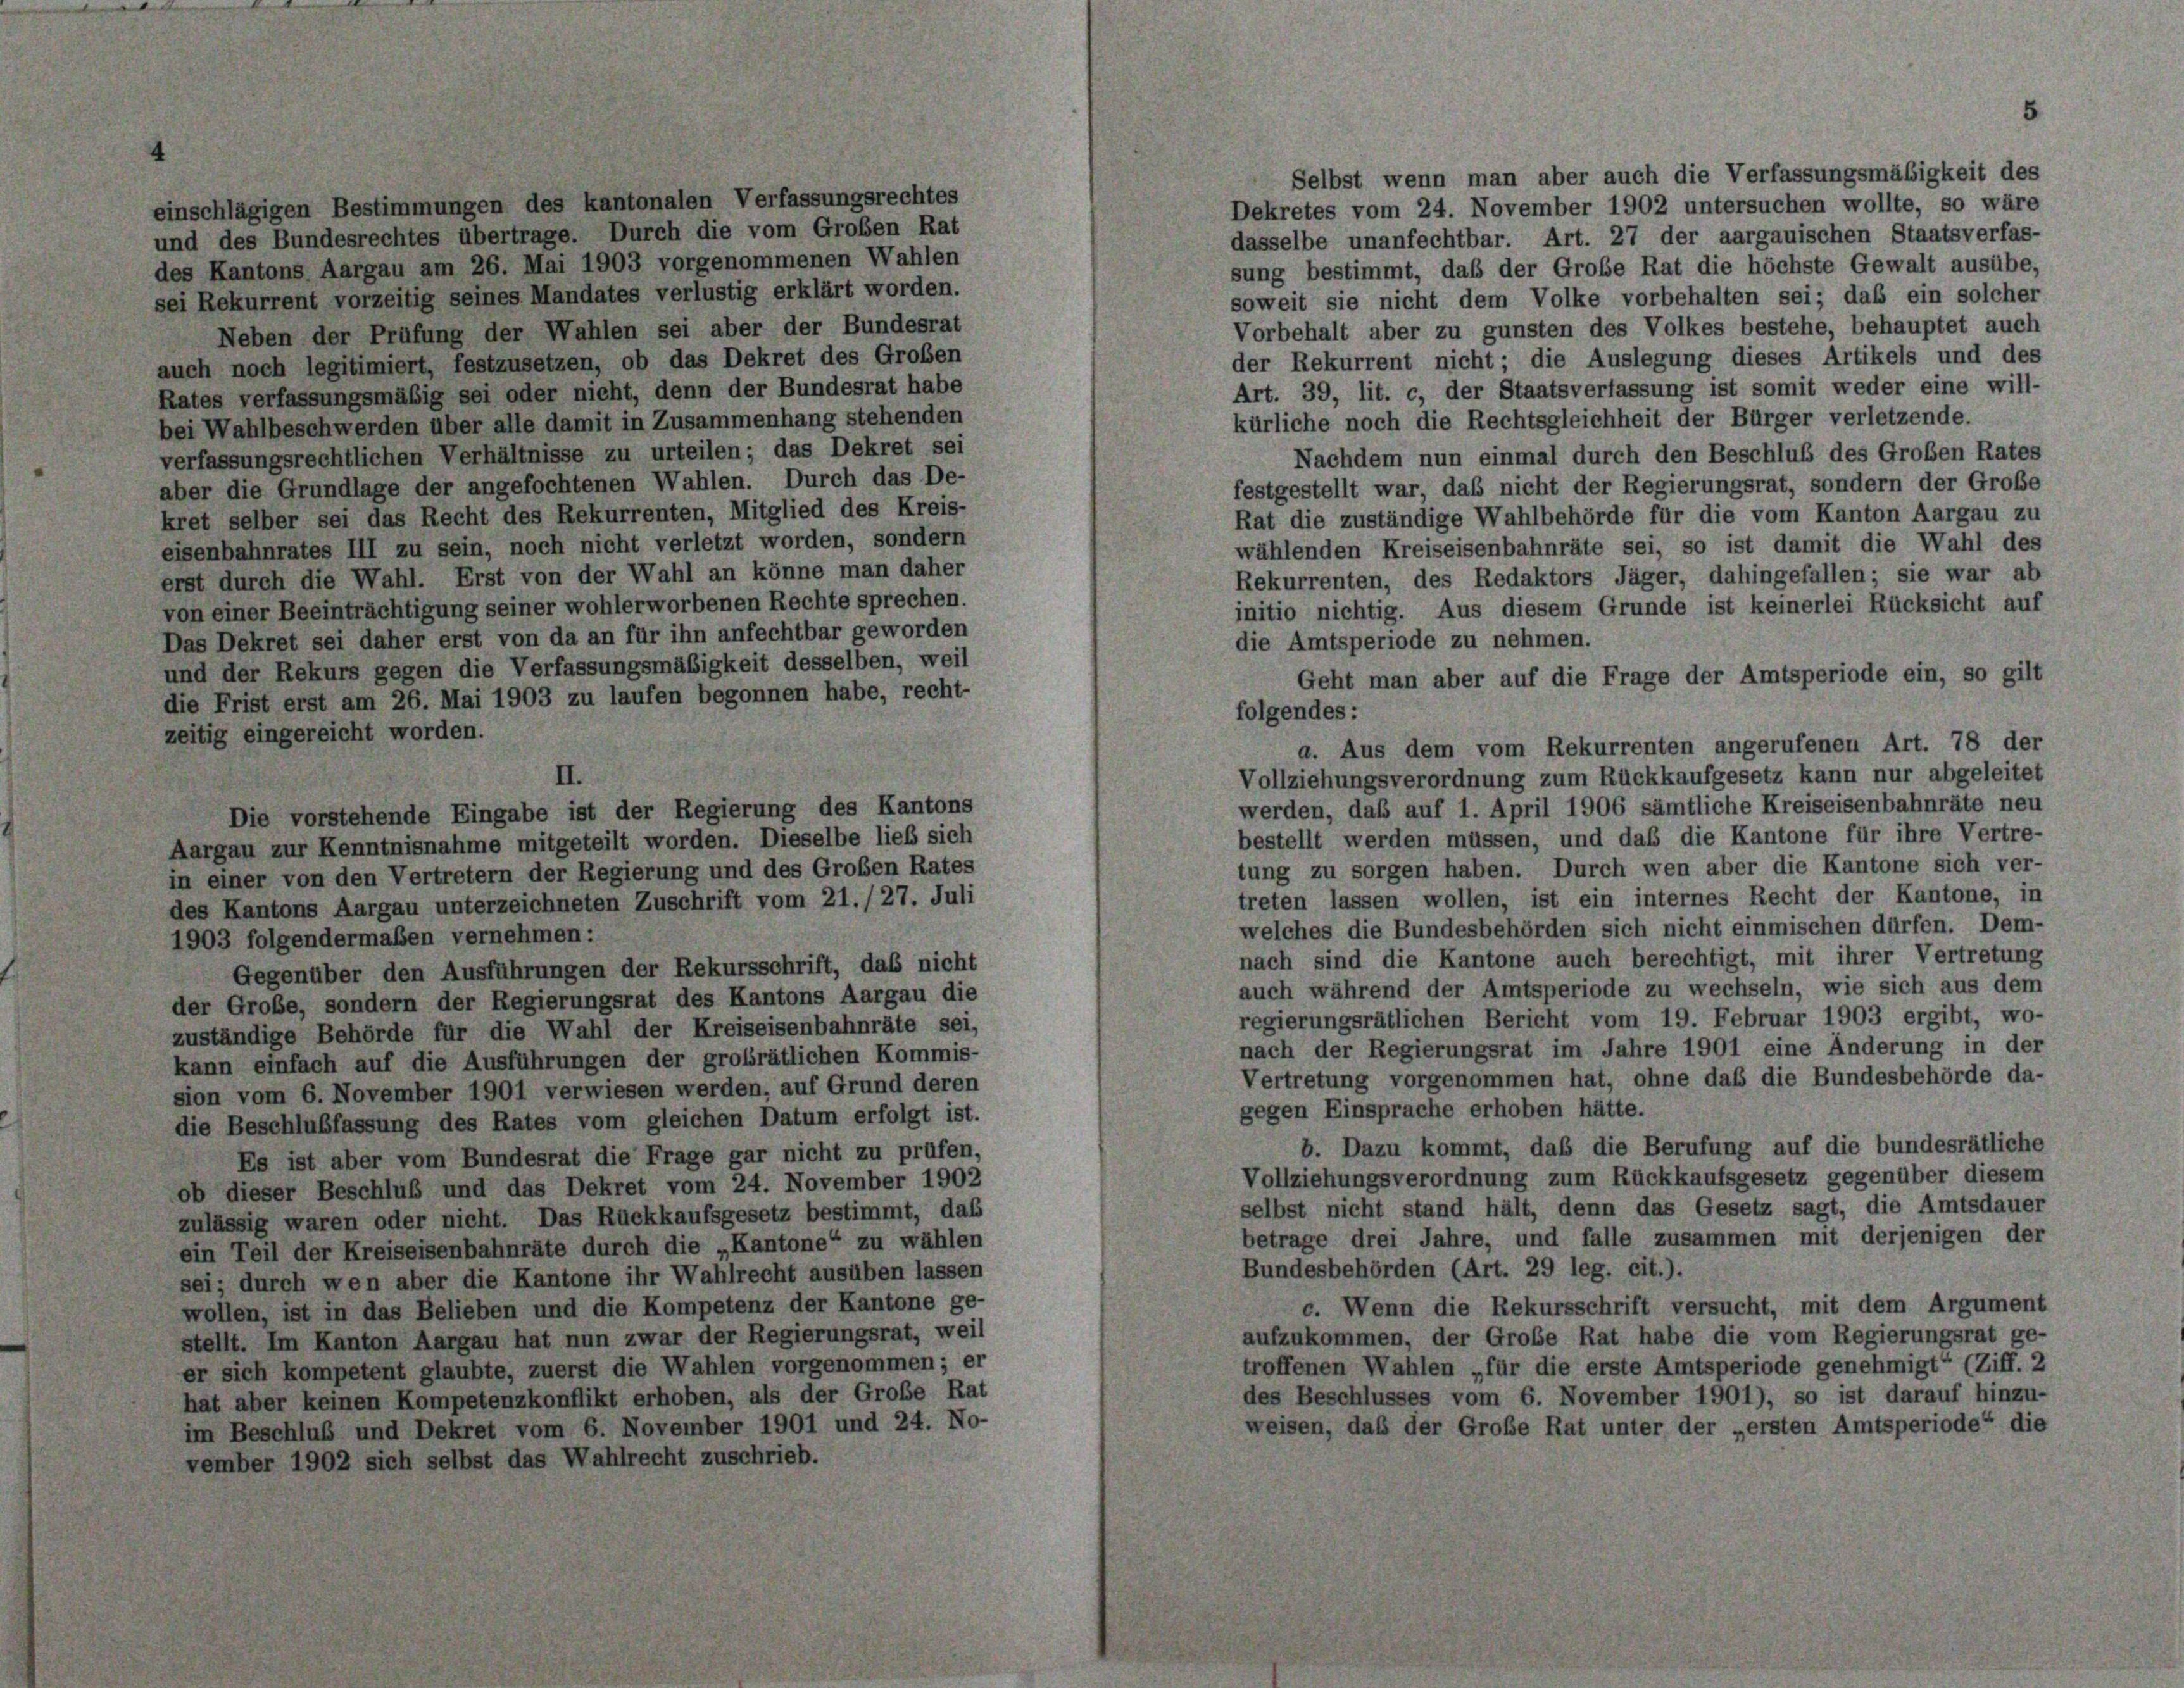
einschlägigen Bestimmungen des kantonalen Verfassungsrechtes
Dekretes vom 24. November 1902 untersuchen wollte, so wäre
und des Bundesrechtes übertrage. Durch die vom Großen Rat
dasselbe unanfechtbar. Art. 27 der aargauischen Staatsverfas-
des Kantons Aargau am 26. Mai 1903 vorgenommenen Wahlen
sung bestimmt, daß der Große Rat die höchste Gewalt ausübe,
sei Rekurrent vorzeitig seines Mandates verlustig erklärt worden.
soweit sie nicht dem Volke vorbehalten sei; daß ein solcher
Vorbehalt aber zu gunsten des Volkes bestehe, behauptet auch
Neben der Prüfung der Wahlen sei aber der Bundesrat
der Rekurrent nicht; die Auslegung dieses Artikels und des
auch noch legitimiert, festzusetzen, ob das Dekret des Großen
Art. 39, lit. c, der Staatsverfassung ist somit weder eine will-
Rates verfassungsmäßig sei oder nicht, denn der Bundesrat habe
kürliche noch die Rechtsgleichheit der Bürger verletzende.
bei Wahlbeschwerden über alle damit in Zusammenhang stehenden
verfassungsrechtlichen Verhältnisse zu urteilen; das Dekret sei
Nachdem nun einmal durch den Beschluß des Großen Rates
aber die Grundlage der angefochtenen Wahlen. Durch das De-
festgestellt war, daß nicht der Regierungsrat, sondern der Große
kret selber sei das Recht des Rekurrenten, Mitglied des Kreis-
Rat die zuständige Wahlbehörde für die vom Kanton Aargau zu
eisenbahnrates III zu sein, noch nicht verletzt worden, sondern
wählenden Kreiseisenbahnräte sei, so ist damit die Wahl des
erst durch die Wahl. Erst von der Wahl an könne man daher
Rekurrenten, des Redaktors Jäger, dahingefallen; sie war ab
von einer Beeinträchtigung seiner wohlerworbenen Rechte sprechen.
initio nichtig. Aus diesem Grunde ist keinerlei Rücksicht auf
Das Dekret sei daher erst von da an für ihn anfechtbar geworden
die Amtsperiode zu nehmen.
und der Rekurs gegen die Verfassungsmäßigkeit desselben, weil
Geht man aber auf die Frage der Amtsperiode ein, so gilt
die Frist erst am 26. Mai 1903 zu laufen begonnen habe, recht-
folgendes:
zeitig eingereicht worden.
a. Aus dem vom Rekurrenten angerufenen Art. 78 der
Vollziehungsverordnung zum Rückkaufgesetz kann nur abgeleitet
werden, daß auf 1. April 1906 sämtliche Kreiseisenbahnräte neu
Die vorstehende Eingabe ist der Regierung des Kantons
bestellt werden müssen, und das die Kantone für ihre Vertre-
Aargau zur Kenntnisnahme mitgeteilt worden. Dieselbe ließ sich
tung zu sorgen haben. Durch wen aber die Kantone sich ver-
in einer von den Vertretern der Regierung und des Großen Rates
treten lassen wollen, ist ein internes Recht der Kantone, in
des Kantons Aargau unterzeichneten Zuschrift vom 21./27. Juli
welches die Bundesbehörden sich nicht einmischen dürfen. Dem-
1903 folgendermaßen vernehmen:
nach sind die Kantone auch berechtigt, mit ihrer Vertretung
Gegenüber den Ausführungen der Rekursschrift, das nicht
auch während der Amtsperiode zu wechseln, wie sich aus dem
der Große, sondern der Regierungsrat des Kantons Aargau die
regierungsrätlichen Bericht vom 19. Februar 1903 ergibt, wo-
zuständige Behörde für die Wahl der Kreiseisenbahnräte sei,
nach der Regierungsrat im Jahre 1901 eine Änderung in der
kann einfach auf die Ausführungen der großrätlichen Kommis-
Vertretung vorgenommen hat, ohne daß die Bundesbehörde da-
sion vom 6. November 1901 verwiesen werden, auf Grund deren
gegen Einsprache erhoben hätte.
die Beschlußfassung des Rates vom gleichen Datum erfolgt ist.
b. Dazu kommt, daß die Berufung auf die bundesrätliche
Es ist aber vom Bundesrat die Frage gar nicht zu prüfen,
Vollziehungsverordnung zum Rückkaufsgesetz gegenüber diesem
ob dieser Beschluß und das Dekret vom 24. November 1902
selbst nicht stand hält, denn das Gesetz sagt, die Amtsdauer
zulässig waren oder nicht. Das Rückkaufsgesetz bestimmt, daß
betrage drei Jahre, und falle zusammen mit derjenigen der
ein Teil der Kreiseisenbahnräte durch die „Kantone“ zu wählen
Bundesbehörden (Art. 29 leg. cit.).
sei; durch wen aber die Kantone ihr Wahlrecht ausüben lassen
c. Wenn die Rekursschrift versucht, mit dem Argument
wollen, ist in das Belieben und die Kompetenz der Kantone ge-
aufzukommen, der Große Rat habe die vom Regierungsrat ge-
stellt. Im Kanton Aargau hat nun zwar der Regierungsrat, weil
troffenen Wahlen „für die erste Amtsperiode genehmigt“ (Ziff. 2
er sich kompetent glaubte, zuerst die Wahlen vorgenommen; er
des Beschlusses vom 6. November 1901), so ist darauf hinzu-
hat aber keinen Kompetenzkonflikt erhoben, als der Große Rat
weisen, daß der Große Rat unter der „ersten Amtsperiode“ die
im Beschluß und Dekret vom 6. November 1901 und 24. No-
vember 1902 sich selbst das Wahlrecht zuschrieb.

II.

Selbst wenn man aber auch die Verfassungsmäßigkeit des